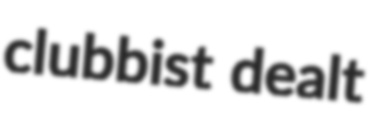
clubbist dealt